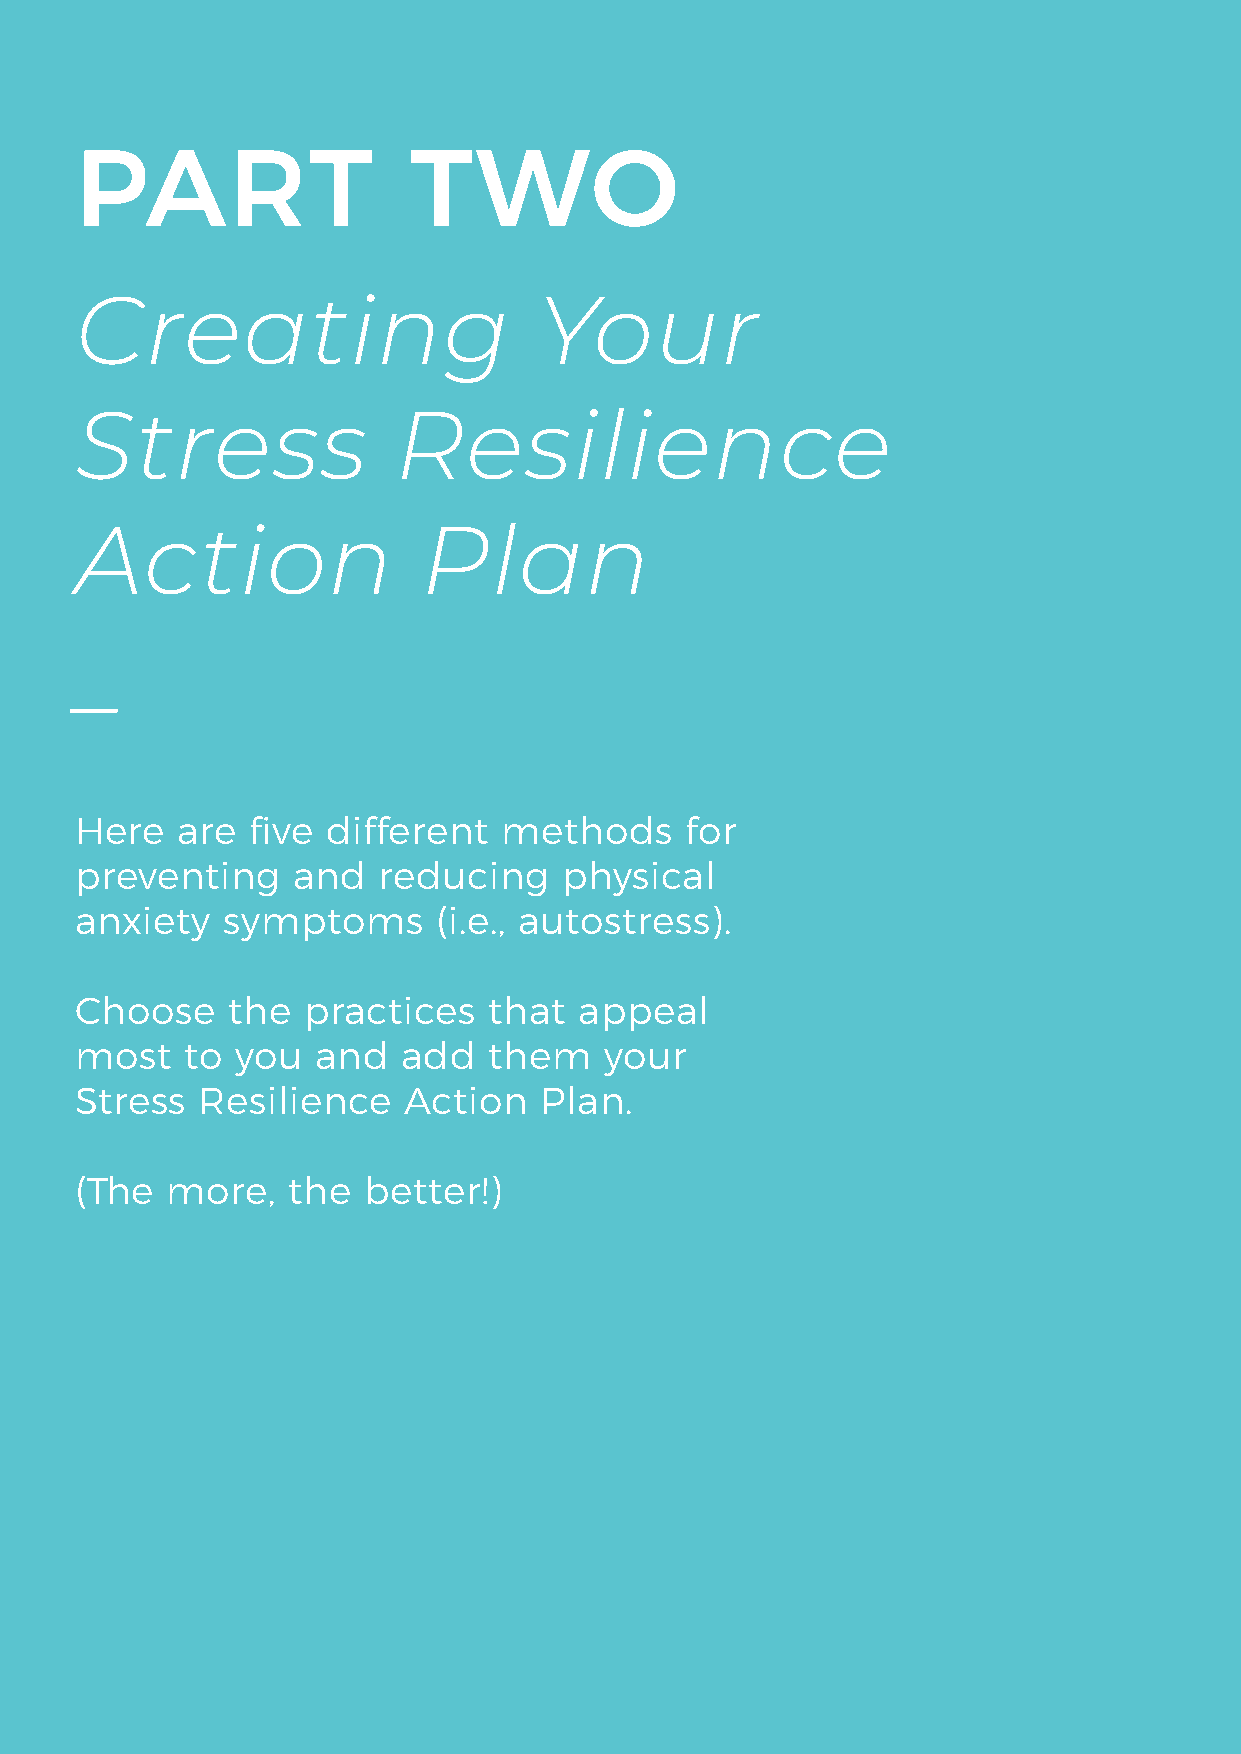
PART                  TWO
 Creating                       Your
 Stress               Resilience
 Action                 Plan
 _
 Here   are  five different  methods     for
 preventing    and   reducing    physical
 anxiety   symptoms      (i.e., autostress).
 Choose    the  practices   that  appeal
 most   to  you  and   add  them    your
 Stress  Resilience    Action   Plan.
 (The  more,   the  better!)
 THE WELLNESS SOCIETY | WWW.THEWELLNESSSOCIETY.ORG   PAGE 14